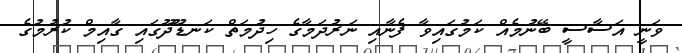
ވަނީ އަސާސީ ބޭނުމެއް ކަމުގައިވާ ފެނާއި ނަރުދަމާގެ ހިދުމަތް ކަނޑޫދޫގައި ގާއިމް ކުރުމުގެ